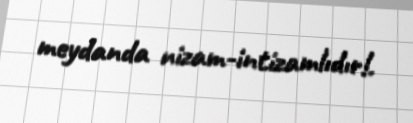
meydanda nizam-intizamlıdır!.